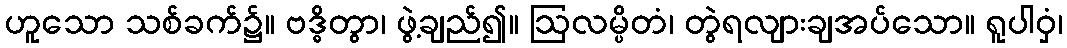
ဟူသော သစ်ခက်၌။ ဗဒ္ဓိတွာ၊ ဖွဲ့ချည်၍။ ဩလမ္ပိတံ၊ တွဲရလျားချအပ်သော။ ရူပါဝှံ၊